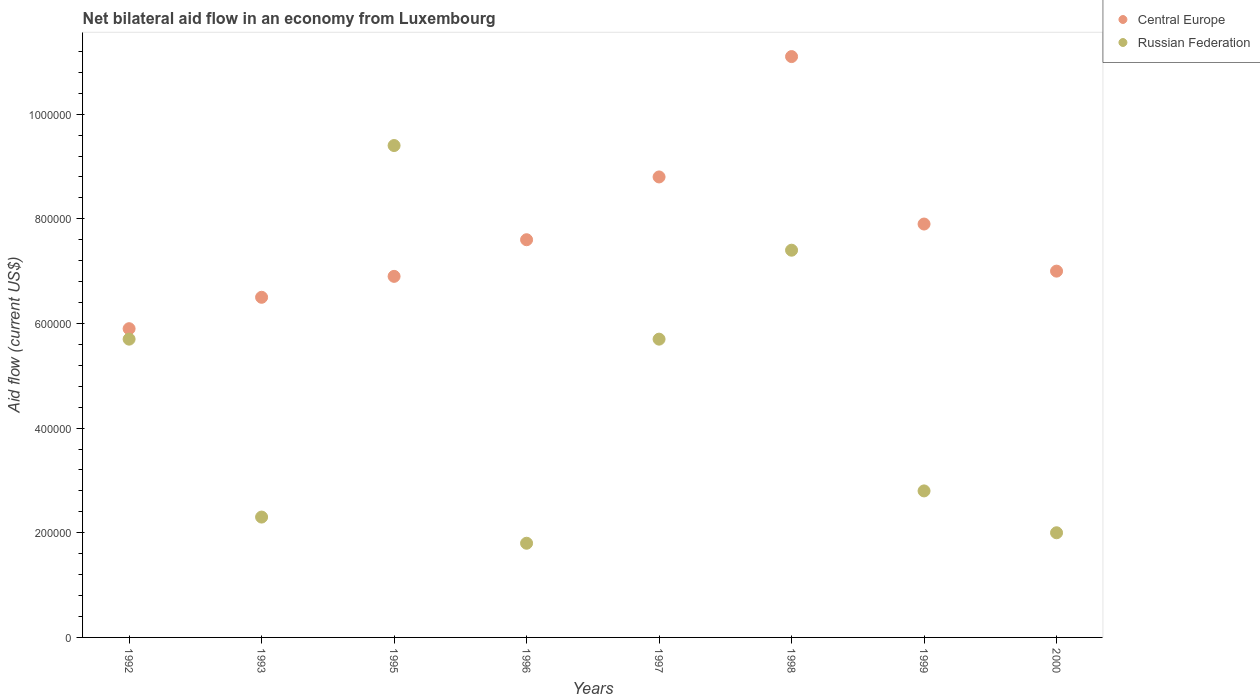
| Years | Central Europe | Russian Federation |
 | --- | --- | --- |
 | 1992 | 5.9e+05 | 5.7e+05 |
 | 1993 | 6.5e+05 | 2.3e+05 |
 | 1995 | 6.9e+05 | 9.4e+05 |
 | 1996 | 7.6e+05 | 1.8e+05 |
 | 1997 | 8.8e+05 | 5.7e+05 |
 | 1998 | 1.11e+06 | 7.4e+05 |
 | 1999 | 7.9e+05 | 2.8e+05 |
 | 2000 | 7e+05 | 2e+05 |